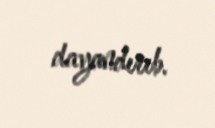
dayandırıb.